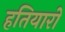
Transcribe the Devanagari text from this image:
हतियारों